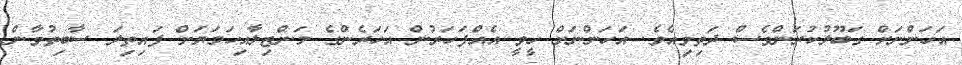
އަހަންނަށް ގަބޫލުކުރަންވެސް ދަތިވިއެވެ. އަހަންނަށް ހީވީ އެއްފަހަރުން އަހަރެންގެ މަންޒިލާއިހަމަޔަށް ފައިތިލަ ސާބިތުވާން